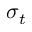
\sigma _ { t }